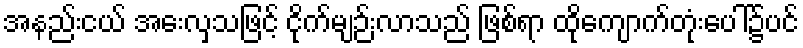
အနည်းငယ် အေးလှသဖြင့် ငိုက်မျဉ်းလာသည် ဖြစ်ရာ ထိုကျောက်တုံးပေါ်၌ပင်